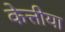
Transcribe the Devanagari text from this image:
केत्तीया